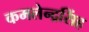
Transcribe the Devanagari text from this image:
कमलेन्द्रसिंह